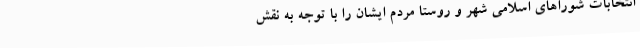
انتخابات شوراهای اسلامی شهر و روستا مردم ایشان را با توجه به نقش